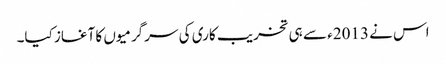
اس نے 2013ء سے ہی تخریب کاری کی سرگرمیوں کا آغاز کیا۔